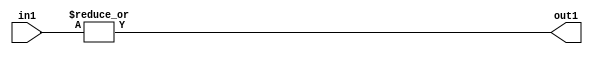
`timescale 1ps / 1ps
/*****************************************************************************
    Verilog RTL Description
    
    
    Created by: Stratus DpOpt 2019.1.01 
*******************************************************************************/

module st_feature_addr_gen_OrReduction_4U_1U_1 (
	in1,
	out1
	); /* architecture "behavioural" */ 
input [3:0] in1;
output  out1;
wire  asc001;

assign asc001 = 
	(|in1);

assign out1 = asc001;
endmodule

/* CADENCE  urb5Qgw= : u9/ySgnWtBlWxVPRXgAZ4Og= ** DO NOT EDIT THIS LINE ******/